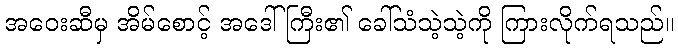
အဝေးဆီမှ အိမ်စောင့် အဒေါ်ကြီး၏ ခေါ်သံသဲ့သဲ့ကို ကြားလိုက်ရသည်။